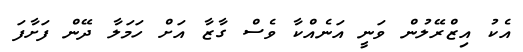
އެކު އިޒްރޭލުން ވަނީ އަނެއްކާ ވެސް ގާޒާ އަށް ހަމަލާ ދޭން ފަށާފަ